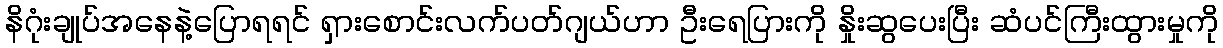
နိဂုံးချုပ်အနေနဲ့ပြောရရင် ရှားစောင်းလက်ပတ်ဂျယ်ဟာ ဦးရေပြားကို နှိုးဆွပေးပြီး ဆံပင်ကြီးထွားမှုကို